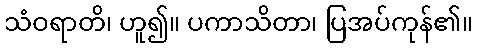
သံဝရာတိ၊ ဟူ၍။ ပကာသိတာ၊ ပြအပ်ကုန်၏။